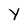
Character: Y